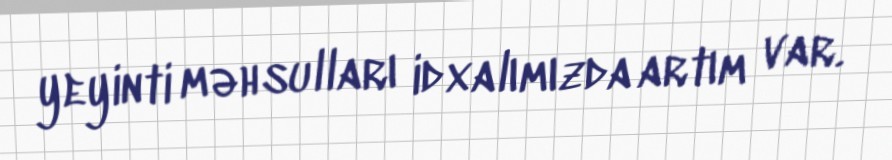
yeyinti məhsulları idxalımızda artım var.